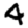
Digit: 4